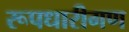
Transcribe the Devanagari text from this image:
रूपधारीगण